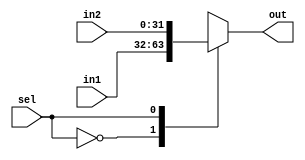
module MUX_2x1(
	input [31:0]in1, in2,
	input sel,
	output reg [31:0] out
);
	always @(*) begin
		case(sel)
			1'b0: out = in1;
			1'b1: out = in2;
		endcase
	end
endmodule